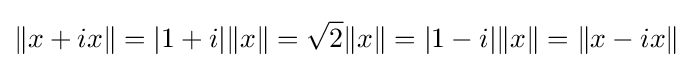
\|x+ix\|=|1+i|\|x\|={\sqrt {2}}\|x\|=|1-i|\|x\|=\|x-ix\|